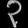
Digit: ၃